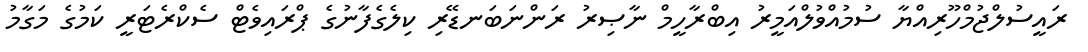
ރައީސުލްޖުމްހޫރިއްޔާ ސުމުއްވުލްއަމީރު އިބްރާހީމް ނާޞިރު ރަންނަބަނޑޭރި ކިލެގެފާނުގެ ޕްރައިވެޓް ސެކްރެޓަރީ ކަމުގެ މަގާމު